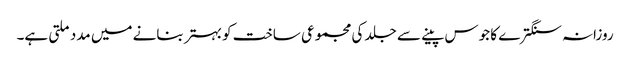
روزانہ سنگترے کا جوس پینے سے جلد کی مجموعی ساخت کو بہتر بنانے میں مدد ملتی ہے۔